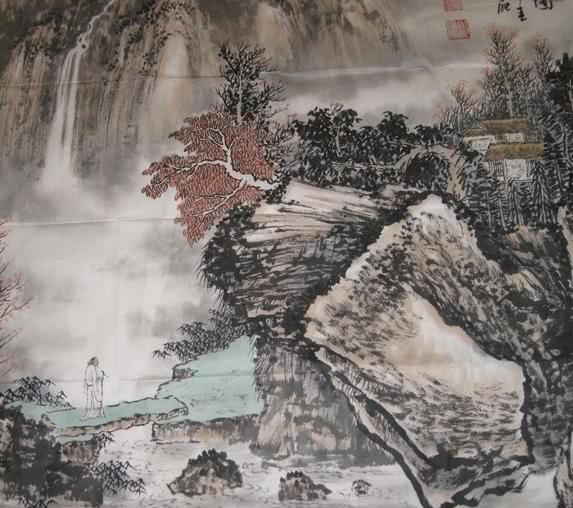
屋漏在上，知者在下。